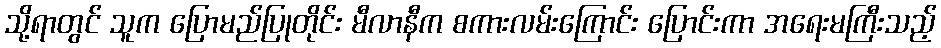
သို့ရာတွင် သူက ပြောမည်ပြုတိုင်း မီလာနီက စကားလမ်းကြောင်း ပြောင်းကာ အရေးမကြီးသည့်